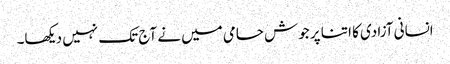
انسانی آزادی کا اتنا پر جوش حامی میں نے آج تک نہیں دیکھا۔